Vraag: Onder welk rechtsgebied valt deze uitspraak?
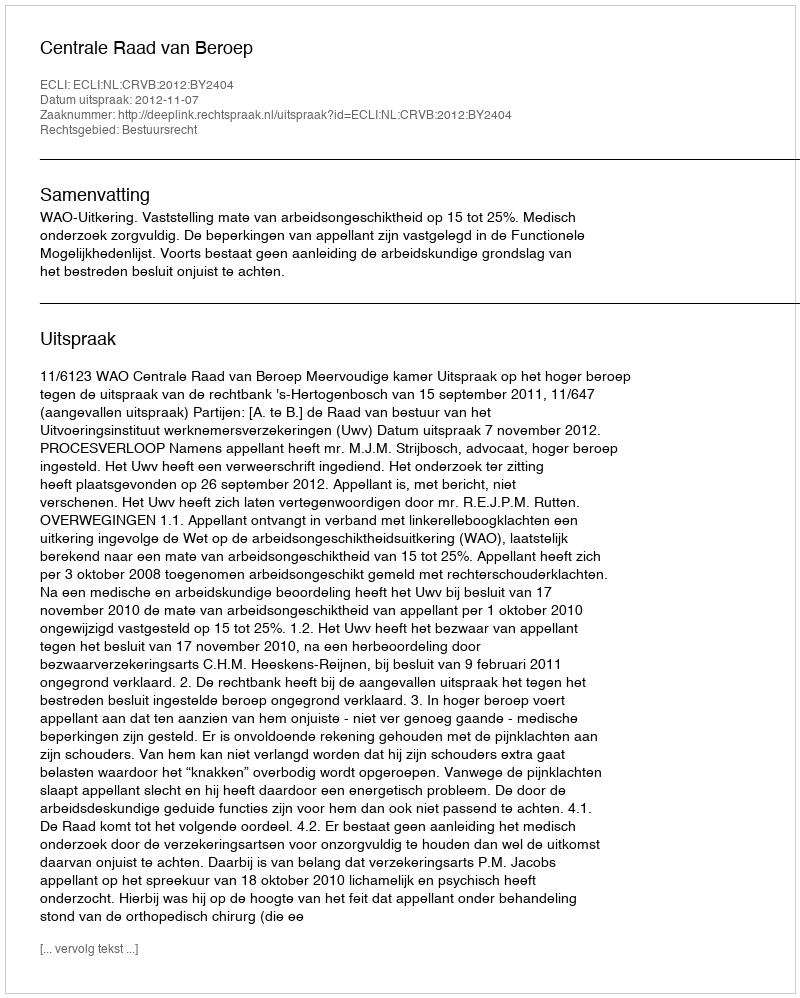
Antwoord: Bestuursrecht